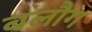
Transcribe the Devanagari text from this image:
बलौग